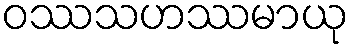
ဝဿသဟဿမာယု